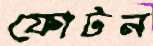
ফোটন